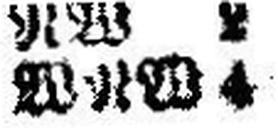
WNW 4